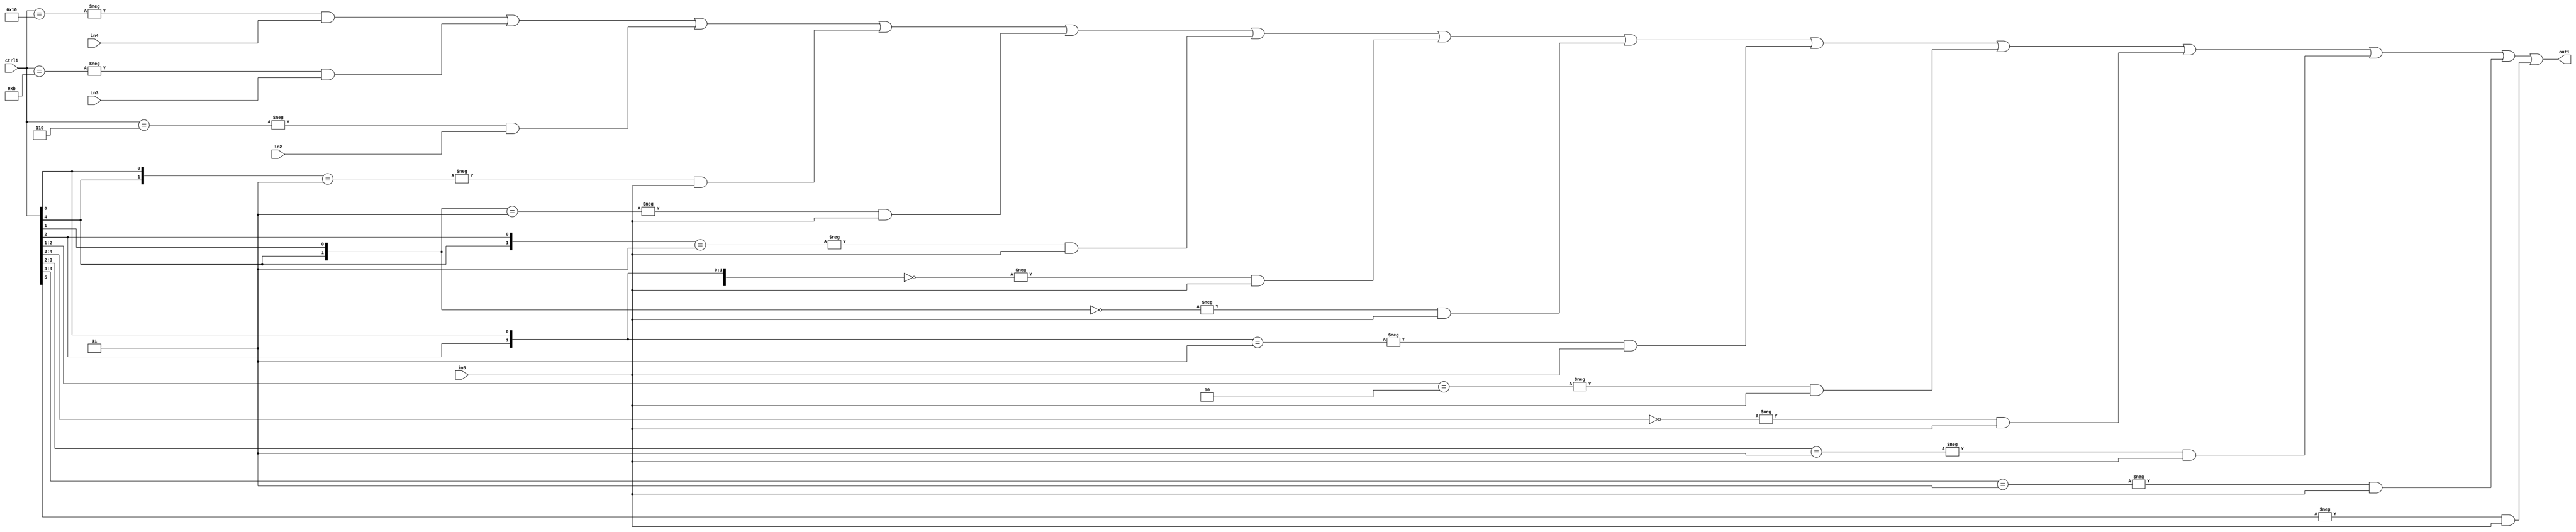
`timescale 1ps / 1ps
/*****************************************************************************
    Verilog RTL Description
    
    
    Created by: Stratus DpOpt 21.05.01 
*******************************************************************************/

module SobelFilter_N_Mux_32_4_56_4 (
	in5,
	in4,
	in3,
	in2,
	ctrl1,
	out1
	); /* architecture "behavioural" */ 
input [31:0] in5;
input [8:0] in4,
	in3,
	in2;
input [5:0] ctrl1;
output [31:0] out1;
wire [31:0] asc001;

assign asc001 = 
	-{ctrl1 == 6'B010000} & in4 |
	-{ctrl1 == 6'B001011} & in3 |
	-{ctrl1 == 6'B000110} & in2 |
	-{{ctrl1[4], ctrl1[0]} == 2'B11} & in5 |
	-{{ctrl1[4], ctrl1[1]} == 2'B11} & in5 |
	-{{ctrl1[4], ctrl1[2]} == 2'B11} & in5 |
	-{{ctrl1[4], ctrl1[2], ctrl1[0]} == 3'B000} & in5 |
	-{{ctrl1[4], ctrl1[1]} == 2'B00} & in5 |
	-{{ctrl1[2], ctrl1[0]} == 2'B11} & in5 |
	-{ctrl1[2:1] == 2'B10} & in5 |
	-{ctrl1[4:2] == 3'B000} & in5 |
	-{ctrl1[3:2] == 2'B11} & in5 |
	-{ctrl1[4:3] == 2'B11} & in5 |
	-{ctrl1[5] == 1'B1} & in5 ;

assign out1 = asc001;
endmodule

/* CADENCE  vLXxQwg= : u9/ySxbfrwZIxEzHVQQV8Q== ** DO NOT EDIT THIS LINE ******/